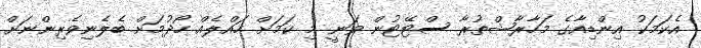
އެކަމަކު އިންޑިއާގެ މަހާރާޝްތުރާ ސްޓޭޓުން ވަނީ މި ކަމަށް ހައްލެއް ހޯދުމަށް ބެލެނިވެރިންނަށް